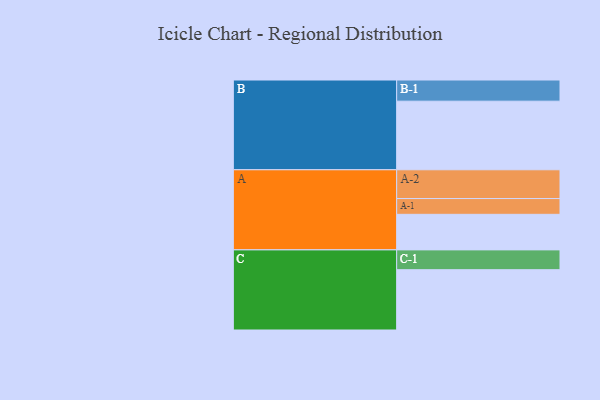
{"axis": {"x": "Segment", "y": "Value"}, "legend": ["", "A", "B", "C"], "data": [{"x": "A", "y": 309, "type": ""}, {"x": "B", "y": 596, "type": ""}, {"x": "C", "y": 524, "type": ""}, {"x": "A-1", "y": 137, "type": "A"}, {"x": "A-2", "y": 250, "type": "A"}, {"x": "B-1", "y": 184, "type": "B"}, {"x": "C-1", "y": 172, "type": "C"}]}